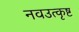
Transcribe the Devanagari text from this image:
नवउत्कृष्ट